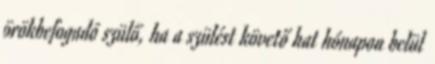
örökbefogadó szülő, ha a szülést követő hat hónapon belül